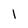
Character: 1